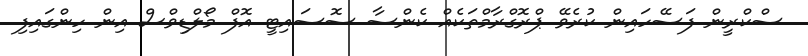
ސްކްރީން ފަސޭހައިން ކުރެވޭ ޕްރޮގްރާމްތަކެއް ކެންސާ ސޮސައިޓީ އޮފް މޯލްޑިވްސް އިން ހިންގައިފި